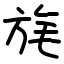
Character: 旄